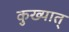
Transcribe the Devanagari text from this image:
कुख्यात्